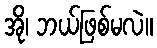
အို၊ ဘယ်ဖြစ်မလဲ။